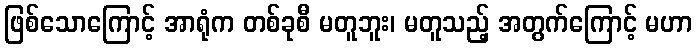
ဖြစ်သောကြောင့် အာရုံက တစ်ခုစီ မတူဘူး၊ မတူသည့် အတွက်ကြောင့် မဟာ